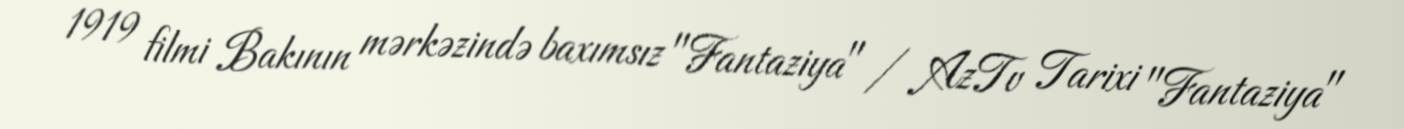
1919 filmi Bakının mərkəzində baxımsız "Fantaziya" / AzTv Tarixi "Fantaziya"